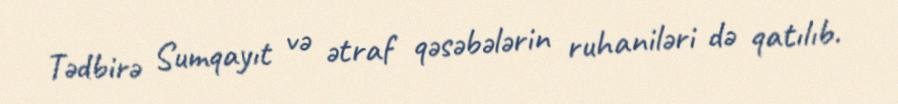
Tədbirə Sumqayıt və ətraf qəsəbələrin ruhaniləri də qatılıb.